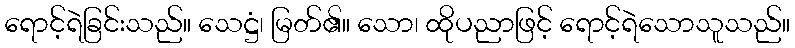
ရောင့်ရဲခြင်းသည်။ သေဋ္ဌံ၊ မြတ်၏။ သော၊ ထိုပညာဖြင့် ရောင့်ရဲသောသူသည်။